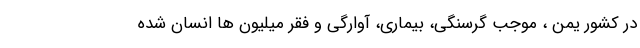
در کشور یمن ، موجب گرسنگی، بیماری، آوارگی و فقر میلیون ها انسان شده